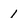
Character: 1